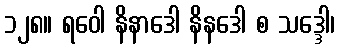
၁၂၈။ ရဝေါ နိနာဒေါ နိနဒေါ စ သဒ္ဒေါ၊